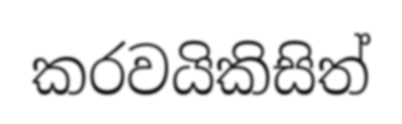
කරවයිකිසිත්